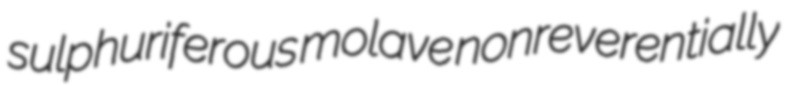
sulphuriferous molave nonreverentially